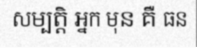
សម្បត្តិ អ្នក មុន គឺ ធន